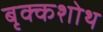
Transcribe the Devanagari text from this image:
बृक्कशोथ